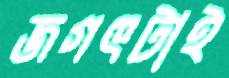
জগৎটাই